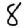
Digit: 8